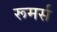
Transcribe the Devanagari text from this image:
रूमर्स